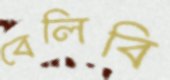
বেলিবি